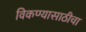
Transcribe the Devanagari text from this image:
विकण्यासाठीचा